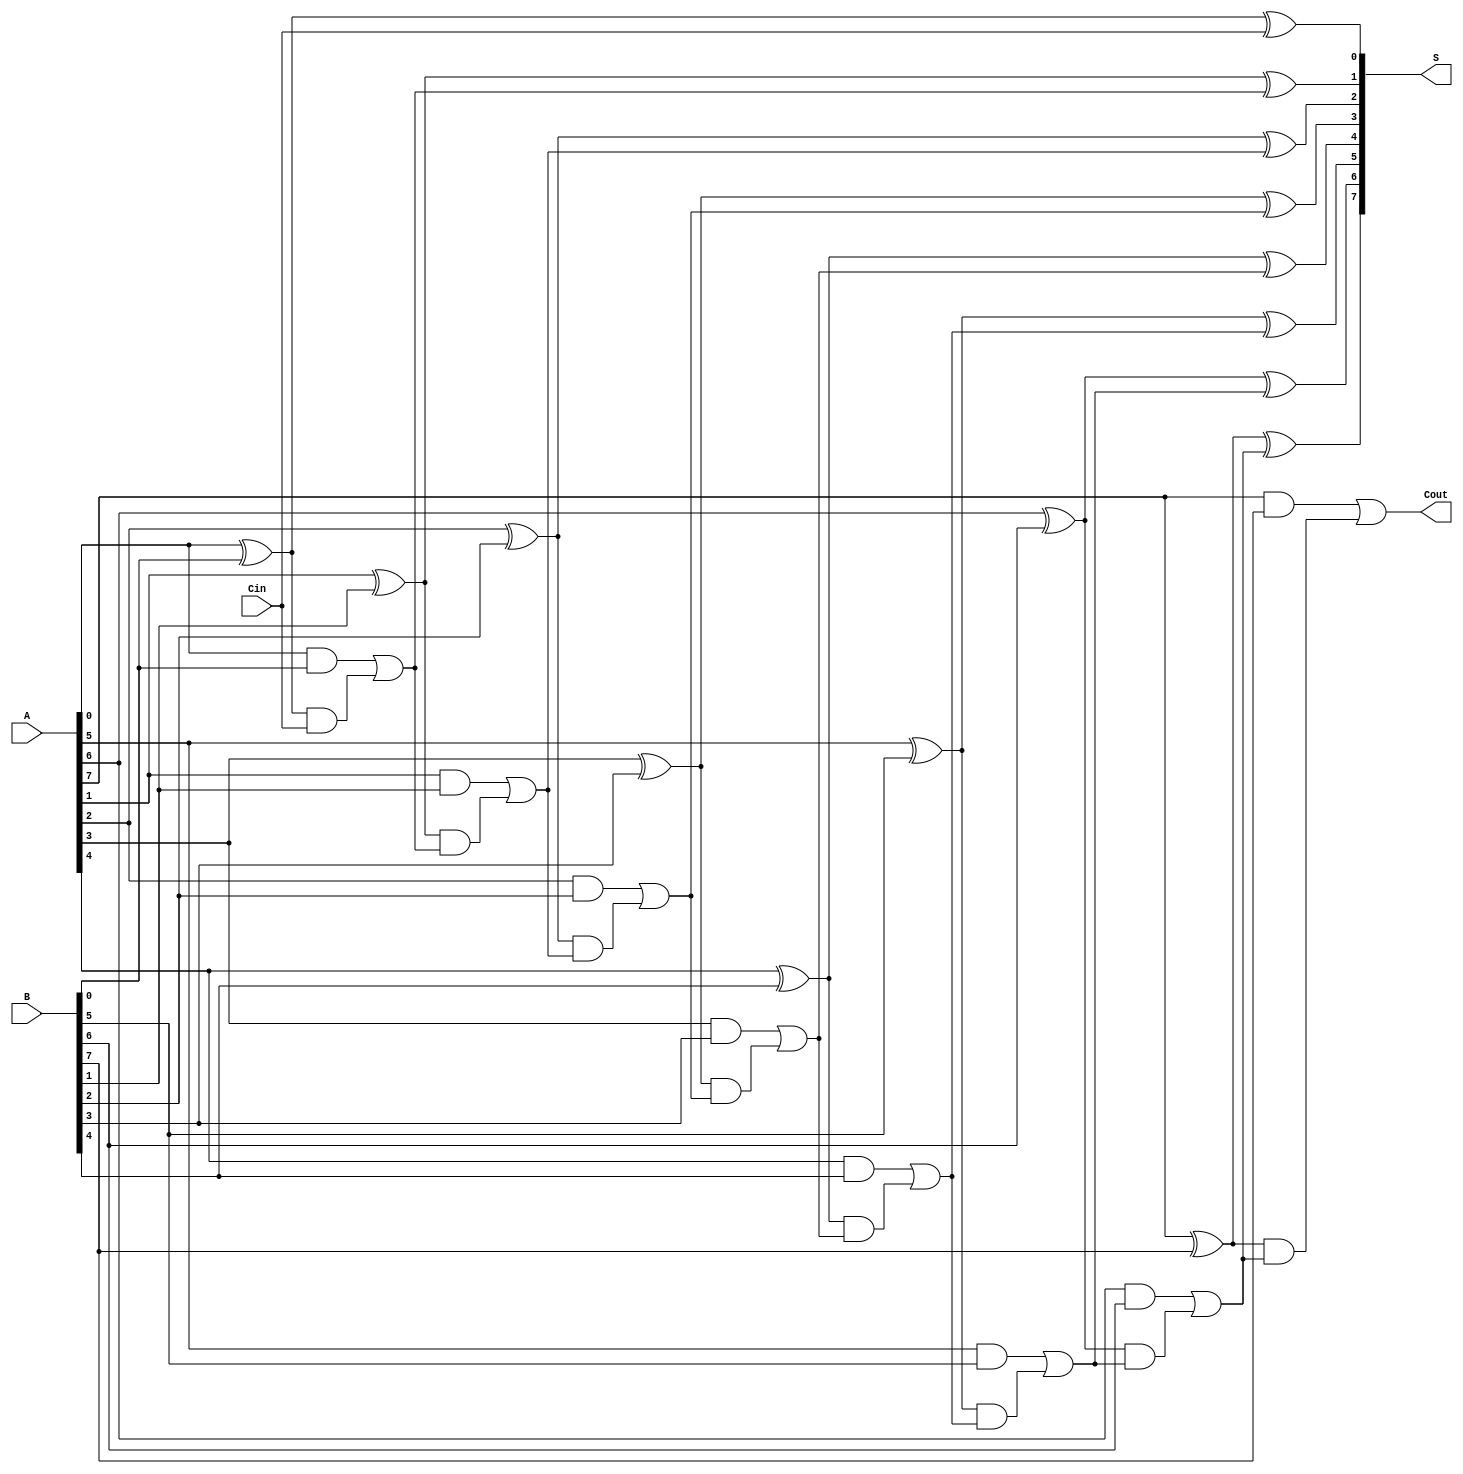
module SklanskyAdder #(parameter n = 8) (
    input  wire [n-1:0] A,      // First operand
    input  wire [n-1:0] B,      // Second operand
    input  wire        Cin,      // Carry-in
    output wire [n-1:0] S,       // Sum output
    output wire        Cout       // Carry-out
);

    // Generate and Propagate signals
    wire [n-1:0] G; // Generate
    wire [n-1:0] P; // Propagate
    wire [n:0] C;   // Carry bits

    // Generate and Propagate calculations
    genvar i;
    generate
        for (i = 0; i < n; i = i + 1) begin : gen_prop
            assign G[i] = A[i] & B[i];
            assign P[i] = A[i] ^ B[i];
        end
    endgenerate

    // Carry bits computation using Sklansky prefix structure
    assign C[0] = Cin; // Initial carry-in

    generate
        // Level 1
        for (i = 0; i < n; i = i + 1) begin : lvl1
            assign C[i + 1] = G[i] | (P[i] & C[i]);
        end
    endgenerate

    // Sum calculation
    generate
        for (i = 0; i < n; i = i + 1) begin : sum_calc
            assign S[i] = P[i] ^ C[i]; // Final sum bits
        end
    endgenerate

    // Final carry-out
    assign Cout = C[n]; // The last carry bit

endmodule